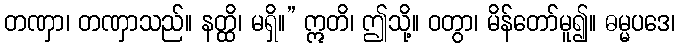
တဏှာ၊ တဏှာသည်။ နတ္ထိ၊ မရှိ။” ဣတိ၊ ဤသို့။ ဝတွာ၊ မိန်တော်မူ၍။ ဓမ္မပဒေ၊